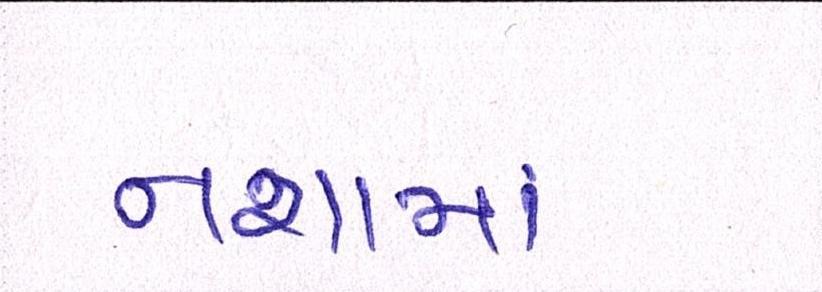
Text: નશામાં